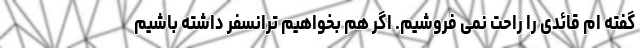
گفته ام قائدی را راحت نمی فروشیم. اگر هم بخواهیم ترانسفر داشته باشیم